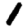
Digit: 1